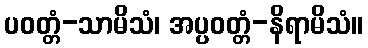
ပဝတ္တံ-သာမိသံ၊ အပ္ပဝတ္တံ-နိရာမိသံ။